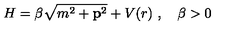
H = \beta \sqrt { m ^ { 2 } + { \bf p } ^ { 2 } } + V ( r ) \ , \quad \beta > 0 \,